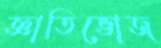
জ্ঞাতিভোজ